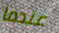
عندما